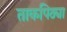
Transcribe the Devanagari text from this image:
ताकपिठ्या